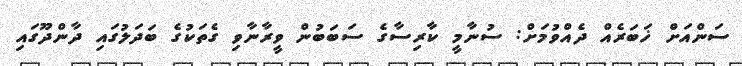
ސަންއަށް ޚަބަރެއް ދެއްވުމަށް: ސުނާމީ ކާރިސާގެ ސަބަބުން ވީރާނާވި ގެތަކުގެ ބަދަލުގައި ދާންދޫގައި